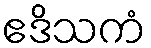
ဧဒိသကံ